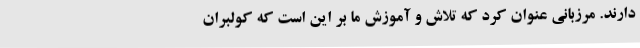
دارند. مرزبانی عنوان کرد که تلاش و آموزش ما بر این است‌ که کولبران